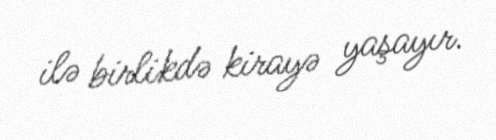
ilə birlikdə kirayə yaşayır.